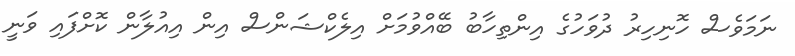
ނަމަވެސް ހޮނިހިރު ދުވަހުގެ އިންތިހާބު ބޭއްވުމަށް އިލެކްޝަންސް އިން އިއުލާން ކޮށްފައި ވަނީ